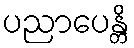
ပညာပေန္တိ